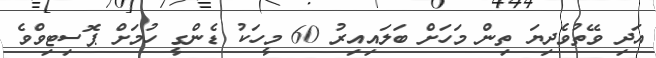
އަދި ވޭތުވެދިޔަ ތިން މަހަށް ބަލައިއިރު 60 މީހަކު ޑެންގީ ހުމަށް ޕޮސިޓިވްވެ